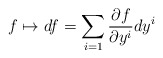
\begin{align*}f\mapsto df=\sum_{i=1}\frac{\partial f}{\partial y^i}dy^i\end{align*}